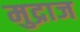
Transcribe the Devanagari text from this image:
मुद्राज